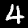
Label: 4